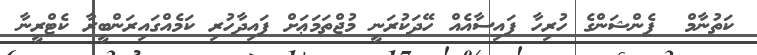
ކަތުނާމް  ޕެންޝަންގެ ހުރިހާ ފައިސާއެއް ހޭދަކުރަނީ މުޖްތަމަޢަށް ފައިދާހުރި ކަމެއްގައިރަންބީރާ ކެޓްރީނާ